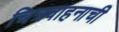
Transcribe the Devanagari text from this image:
चित्रवाहनाची